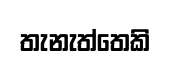
තැනැත්තෙකි